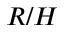
R / H